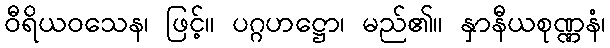
ဝီရိယဝသေန၊ ဖြင့်။ ပဂ္ဂဟဋ္ဌော၊ မည်၏။ နှာနီယစုဏ္ဏနံ၊